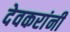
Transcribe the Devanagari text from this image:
देवकरांनी